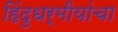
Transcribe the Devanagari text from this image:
हिंदुधर्मीयांचा